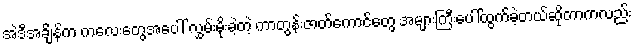
အဲဒီအချိန်က ကလေးတွေအပေါ် လွှမ်းမိုးခဲ့တဲ့ ကာတွန်းဇာတ်ကောင်တွေ အများကြီးပေါ်ထွက်ခဲ့တယ်ဆိုတာကလည်း